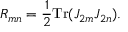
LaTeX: { \cal R } _ { m n } = \frac { 1 } { 2 } \mathrm { T r } ( { \cal J } _ { 2 m } { \cal J } _ { 2 n } ) .